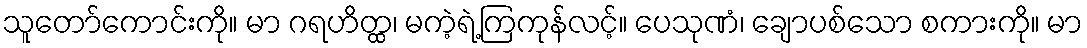
သူတော်ကောင်းကို။ မာ ဂရဟိတ္ထ၊ မကဲ့ရဲ့ကြကုန်လင့်။ ပေသုဏံ၊ ချောပစ်သော စကားကို။ မာ